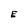
Character: E